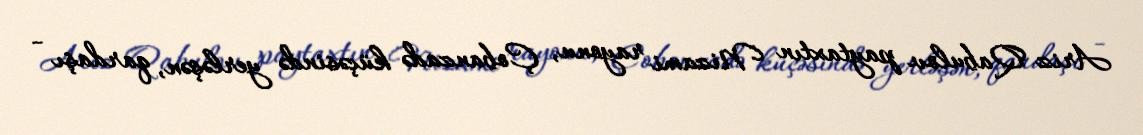
Ariz Qabulov paytaxtın Nizami rayonu, Çobanzadə küçəsində yerləşən, qardaşı -